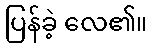
ပြန်ခဲ့ လေ၏။